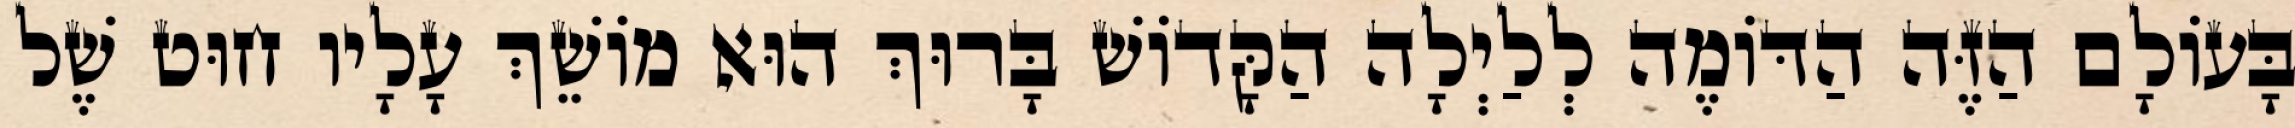
בָּעוֹלָם הַזֶּה הַדּוֹמֶה לְלַיְלָה הַקָּדוֹשׁ בָּרוּךְ הוּא מוֹשֵׁךְ עָלָיו חוּט שֶׁל